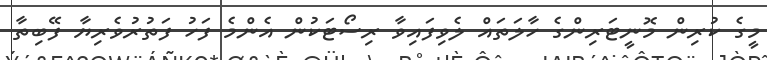
މީގެ ކުރިން މޮނީޓަރިންގެ ހާލަތައް ލެވިފައިވާ ރިސޯޓަކުން އެންމެ ފަހު ފަތުރުވެރިޔާ ފޭބިތާ